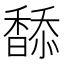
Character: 𩡋